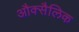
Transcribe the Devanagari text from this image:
औक्सैलिक